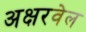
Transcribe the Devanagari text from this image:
अक्षरवेल